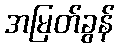
အမြတ်ခွန်